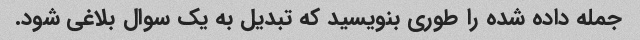
جمله داده شده را طوری بنویسید که تبدیل به یک سوال بلاغی شود.